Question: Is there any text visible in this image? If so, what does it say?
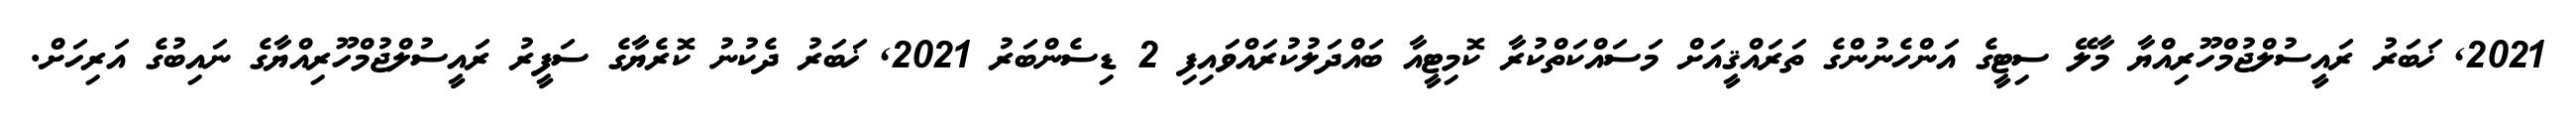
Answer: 2021, ޚަބަރު ރައީސުލްޖުމްހޫރިއްޔާ މާލޭ ސިޓީގެ އަންހެނުންގެ ތަރައްޤީއަށް މަސައްކަތްކުރާ ކޮމިޓީއާ ބައްދަލުކުރައްވައިފި 2 ޑިސެންބަރު 2021, ޚަބަރު ދެކުނު ކޮރެޔާގެ ސަފީރު ރައީސުލްޖުމްހޫރިއްޔާގެ ނައިބުގެ އަރިހަށް.